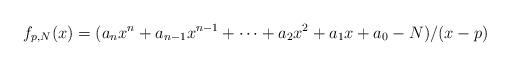
LaTeX: \begin{align*}f_{p,N}(x)=(a_{n}x^{n}+a_{n-1}x^{n-1}+\cdots +a_{2}x^{2}+a_{1}x+a_{0}-N)/(x-p)\end{align*}